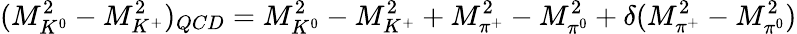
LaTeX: (M_{K^{0}}^{2}-M_{K^{+}}^{2})_{QCD}=M_{K^{0}}^{2}-M_{K^{+}}^{2}+M_{\pi^{+}}^{2}-M_{\pi^{0}}^{2}+\delta(M_{\pi^{+}}^{2}-M_{\pi^{0}}^{2})